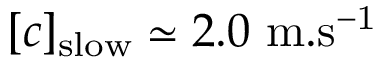
[ c ] _ { \mathrm { s l o w } } \simeq 2 . 0 \ \mathrm { m . s ^ { - 1 } }